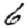
Digit: 6